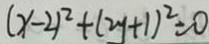
( x - 2 ) ^ { 2 } + ( 2 y + 1 ) ^ { 2 } = 0